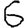
Digit: 6